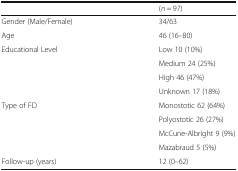
<table><thead><tr><td></td><td><b>(<i>n</i> = 97)</b></td></tr></thead><tbody><tr><td>Gender (Male/Female)</td><td>34/63</td></tr><tr><td>Age</td><td>46 (16–80)</td></tr><tr><td>Educational Level</td><td>Low 10 (10%)</td></tr><tr><td></td><td>Medium 24 (25%)</td></tr><tr><td></td><td>High 46 (47%)</td></tr><tr><td></td><td>Unknown 17 (18%)</td></tr><tr><td>Type of FD</td><td>Monostotic 62 (64%)</td></tr><tr><td></td><td>Polyostotic 26 (27%)</td></tr><tr><td></td><td>McCune-Albright 9 (9%)</td></tr><tr><td></td><td>Mazabraud 5 (5%)</td></tr><tr><td>Follow-up (years)</td><td>12 (0–62)</td></tr></tbody></table>